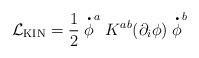
LaTeX: \begin{align*}{\cal L}_{\mbox \small{\rm KIN}} = \frac{1}{2} \stackrel{\mbox{{\huge .}}}{\phi}^{a} K^{ab}(\partial_{i}\phi) \stackrel{\mbox{{\huge .}}}{\phi}^{b} \end{align*}